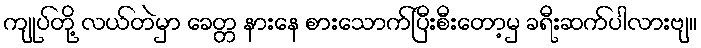
ကျုပ်တို့ လယ်တဲမှာ ခေတ္တ နားနေ စားသောက်ပြီးစီးတော့မှ ခရီးဆက်ပါလားဗျ။